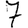
Digit: 7